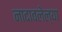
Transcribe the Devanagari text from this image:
नादावलेल्या